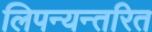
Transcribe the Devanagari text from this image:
लिपन्यन्तरित